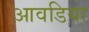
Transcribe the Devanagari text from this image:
आवडिया